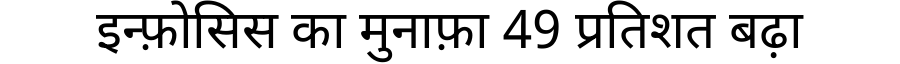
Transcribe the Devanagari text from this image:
इन्फ़ोसिस का मुनाफ़ा 49 प्रतिशत बढ़ा